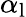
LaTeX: \alpha_{\mathrm{l}}